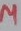
Text: µ